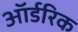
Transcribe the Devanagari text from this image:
ऑर्डरिक